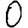
Digit: 0